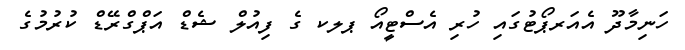
ހަނިމާދޫ އެއަރޕޯޓުގައި ހުރި އެސްޓީއޯ ޕލކ ގެ ފިއުލް ޝެޑް އަޕްގްރޭޑް ކުރުމުގެ